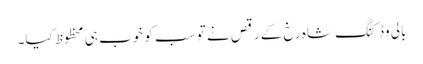
بالی وڈ کنگ شاہ رخ کے رقص نے تو سب کو خوب ہی محظوظ کیا۔